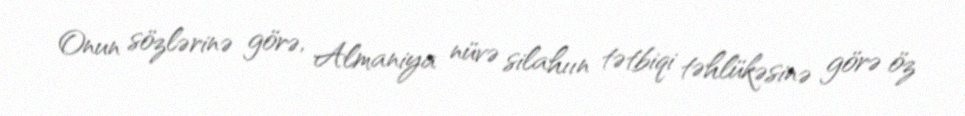
Onun sözlərinə görə, Almaniya nüvə silahıın tətbiqi təhlükəsinə görə öz